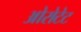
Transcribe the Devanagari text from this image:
ओरोटेट